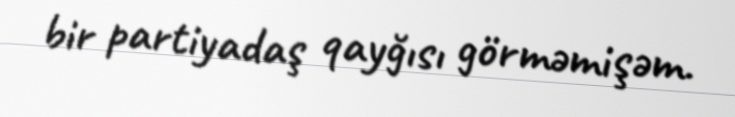
bir partiyadaş qayğısı görməmişəm.